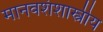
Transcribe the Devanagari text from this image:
मानवशंशास्त्रीय